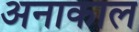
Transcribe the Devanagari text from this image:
अनाकाल